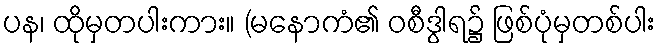
ပန၊ ထိုမှတပါးကား။ (မနောကံ၏ ဝစီဒွါရ၌ ဖြစ်ပုံမှတစ်ပါး